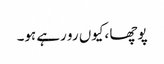
پوچھا ،کیوں رو رہے ہو۔